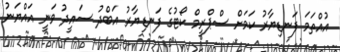
އުއްތަމަ ފަނޑިޔާރު ކަމަށް ސްޕްރީމް ކޯޓުގެ ފަނޑިޔާރު އަބްދު ސައީދު ވަނީ އައްޔަނު